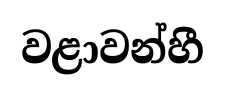
වළාවන්හී